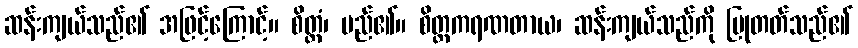
ဆန်းကျယ်သည်၏ အဖြင့်ကြောင့်။ စိတ္တံ၊ မည်၏။ စိတ္တကရဏတာယ၊ ဆန်းကျယ်သည်ကို ပြုတတ်သည်၏